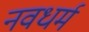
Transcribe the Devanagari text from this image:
नवधर्म